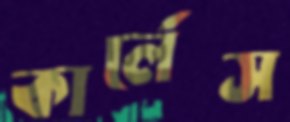
কার্লেস